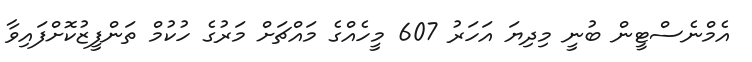
އެމްނެސްޓީން ބުނީ މިދިޔަ އަހަރު 607 މީހެއްގެ މައްޗަށް މަރުގެ ހުކުމް ތަންފީޒުކޮށްފައިވާ